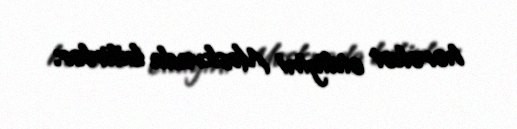
hərəkət etdiyini Moskvada bilirlər.